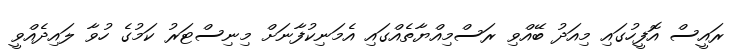
ރައީސް އޮފީހުގައި މިއަދު ބޭއްވި ރަސްމިއްޔާތެއްގައި އެމަނިކުފާނަށް މިނިސްޓަރު ކަމުގެ ހުވާ ލައިދެއްވީ